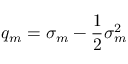
q _ { m } = \sigma _ { m } - \frac { 1 } { 2 } \sigma _ { m } ^ { 2 }